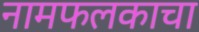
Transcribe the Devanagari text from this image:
नामफलकाचा